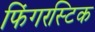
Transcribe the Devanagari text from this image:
फिंगरस्टिक